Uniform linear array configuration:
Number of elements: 48
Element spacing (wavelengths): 0.5
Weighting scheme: blackman
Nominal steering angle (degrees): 60
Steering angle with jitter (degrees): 59.461
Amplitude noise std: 0.05
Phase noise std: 0.05

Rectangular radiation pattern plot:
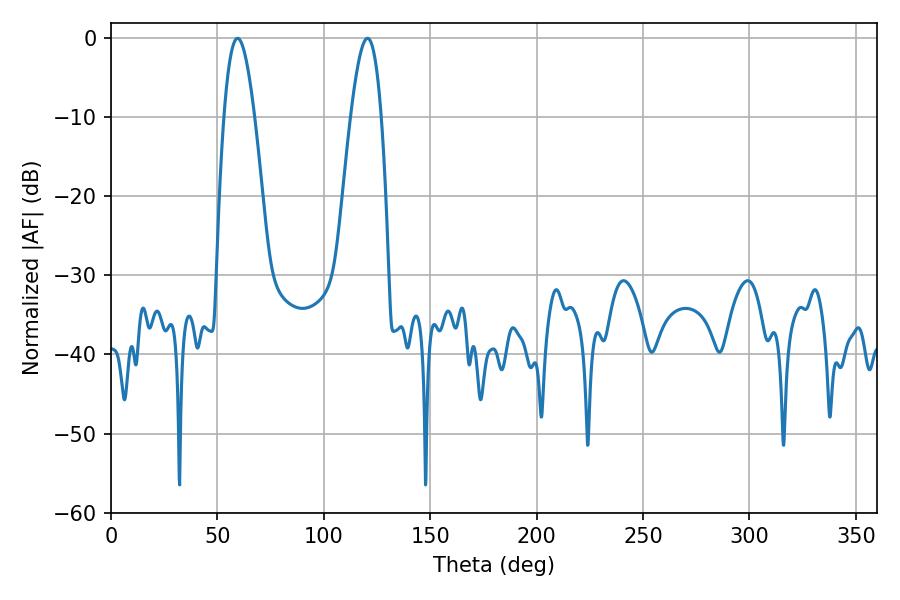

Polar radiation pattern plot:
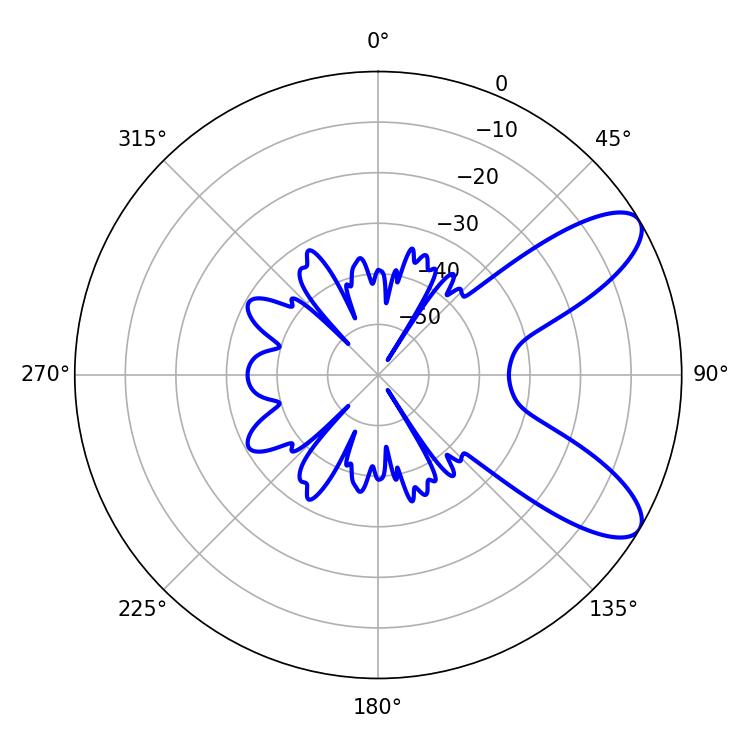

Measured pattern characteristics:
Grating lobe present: FALSE
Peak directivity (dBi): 8.927
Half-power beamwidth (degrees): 7.74
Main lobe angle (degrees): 59.4